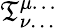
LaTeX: {\mathfrak{T}}_{\nu\dots}^{\mu\dots}